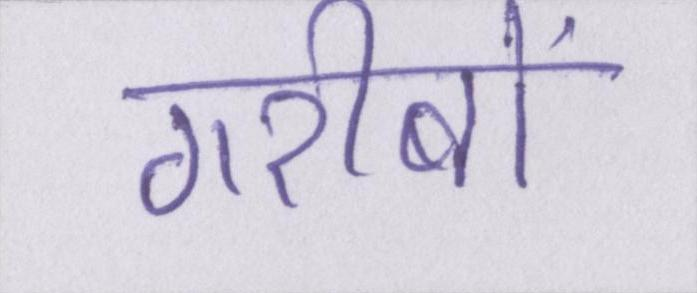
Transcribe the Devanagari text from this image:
गरीबों